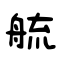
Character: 艈